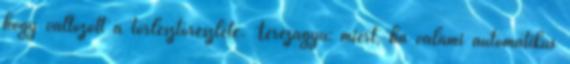
hogy változott a törlesztőrészlete. Terézágyú: miért, ha valami automatikus